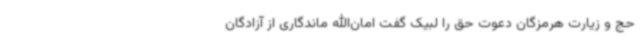
حج و زیارت هرمزگان دعوت حق را لبیک گفت امان‌الله ماندگاری از آزادگان